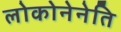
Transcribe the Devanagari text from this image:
लोकोनेनेति